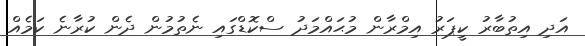
އަދި އިތުބާރު ކީޕަރު އިމްރާން މުޙައްމަދު ސްކޮޑްގައި ނެތުމުން ދެން ކުރާނެ ކަމެއް